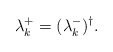
\begin{align*}\lambda_k^+=(\lambda_k^-)^{\dag}.\end{align*}